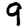
Digit: 9